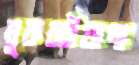
মুরুব্বীয়ানা